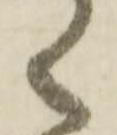
く